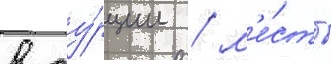
в ту́рции / м'е́сто